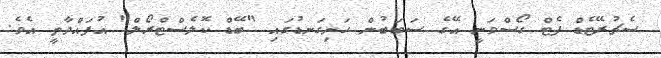
ސެޗުރޭޓެޑް ފެޓް ގޯސްވަނީ އޭގެ ސަބަބުން ހަށިގަނޑުގައި "ބޭޑް ކޮލެސްޓްރޯލް" އުފައްދާތީ އެވެ.